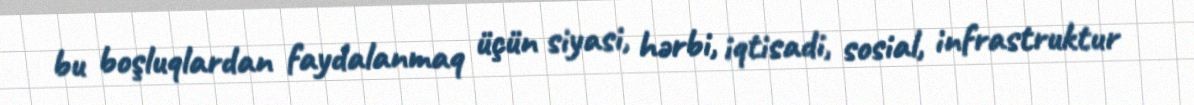
bu boşluqlardan faydalanmaq üçün siyasi, hərbi, iqtisadi, sosial, infrastruktur